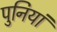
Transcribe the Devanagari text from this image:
पुनियां